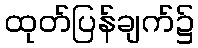
ထုတ်ပြန်ချက်၌